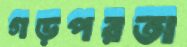
গড়পরতা